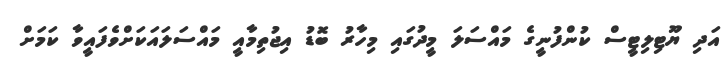
އަދި ޔޫޓިލިޓީސް ކުންފުނީގެ މައްސަލަ މީދުގައި މިހާރު ބޮޑު އިޖުތިމާއީ މައްސަލައަކަށްވެފައީވާ ކަމަށް